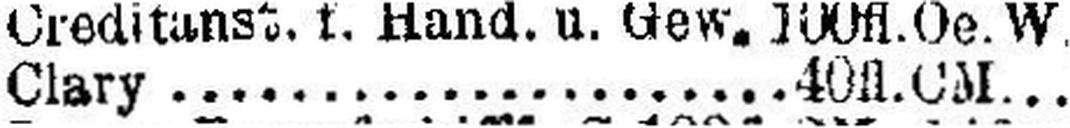
Clary 40 fl. CM